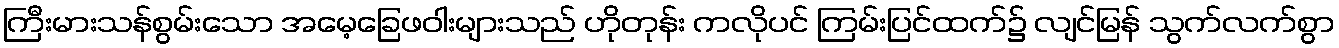
ကြီးမားသန်စွမ်းသော အမေ့ခြေဖဝါးများသည် ဟိုတုန်း ကလိုပင် ကြမ်းပြင်ထက်၌ လျင်မြန် သွက်လက်စွာ